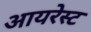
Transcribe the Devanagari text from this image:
आयरेस्ट